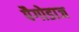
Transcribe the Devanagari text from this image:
पैगोडाज